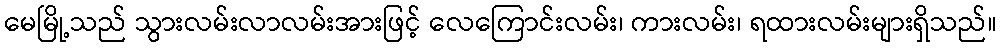
မေမြို့သည် သွားလမ်းလာလမ်းအားဖြင့် လေကြောင်းလမ်း၊ ကားလမ်း၊ ရထားလမ်းများရှိသည်။